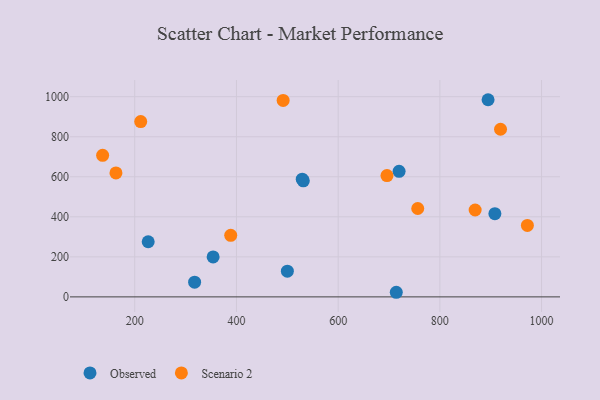
{"axis": {"x": "Experience", "y": "Sales"}, "legend": ["Observed", "Scenario 2"], "data": [{"x": "719.8", "y": 627.1, "type": "Observed"}, {"x": "317.7", "y": 73.6, "type": "Observed"}, {"x": "529.4", "y": 587.8, "type": "Observed"}, {"x": "500.1", "y": 128.4, "type": "Observed"}, {"x": "226.4", "y": 275.5, "type": "Observed"}, {"x": "908.2", "y": 415.9, "type": "Observed"}, {"x": "354.1", "y": 199.4, "type": "Observed"}, {"x": "714.3", "y": 23.0, "type": "Observed"}, {"x": "894.8", "y": 984.9, "type": "Observed"}, {"x": "531.5", "y": 579.8, "type": "Observed"}, {"x": "696.0", "y": 606.2, "type": "Scenario 2"}, {"x": "388.7", "y": 307.6, "type": "Scenario 2"}, {"x": "756.5", "y": 441.5, "type": "Scenario 2"}, {"x": "972.1", "y": 357.0, "type": "Scenario 2"}, {"x": "869.4", "y": 434.0, "type": "Scenario 2"}, {"x": "919.3", "y": 837.5, "type": "Scenario 2"}, {"x": "163.0", "y": 619.3, "type": "Scenario 2"}, {"x": "491.8", "y": 981.6, "type": "Scenario 2"}, {"x": "136.8", "y": 707.3, "type": "Scenario 2"}, {"x": "211.7", "y": 875.5, "type": "Scenario 2"}]}